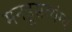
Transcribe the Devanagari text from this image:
मनहूसव्यंग्य